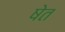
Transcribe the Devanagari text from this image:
षेत